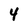
Character: 4